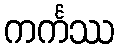
ကင်္ကဿ